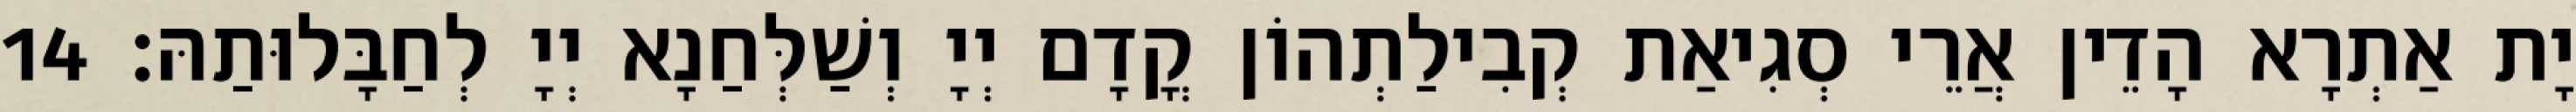
יָת אַתְרָא הָדֵין אֲרֵי סְגִיאַת קְבִילַתְהוֹן קֳדָם יְיָ וְשַׁלְּחַנָא יְיָ לְחַבָּלוּתַהּ׃ 14